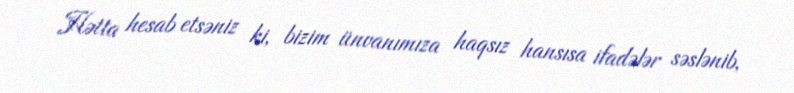
Hətta hesab etsəniz ki, bizim ünvanımıza haqsız hansısa ifadələr səslənib,